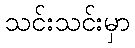
သင်းသင်းမှာ